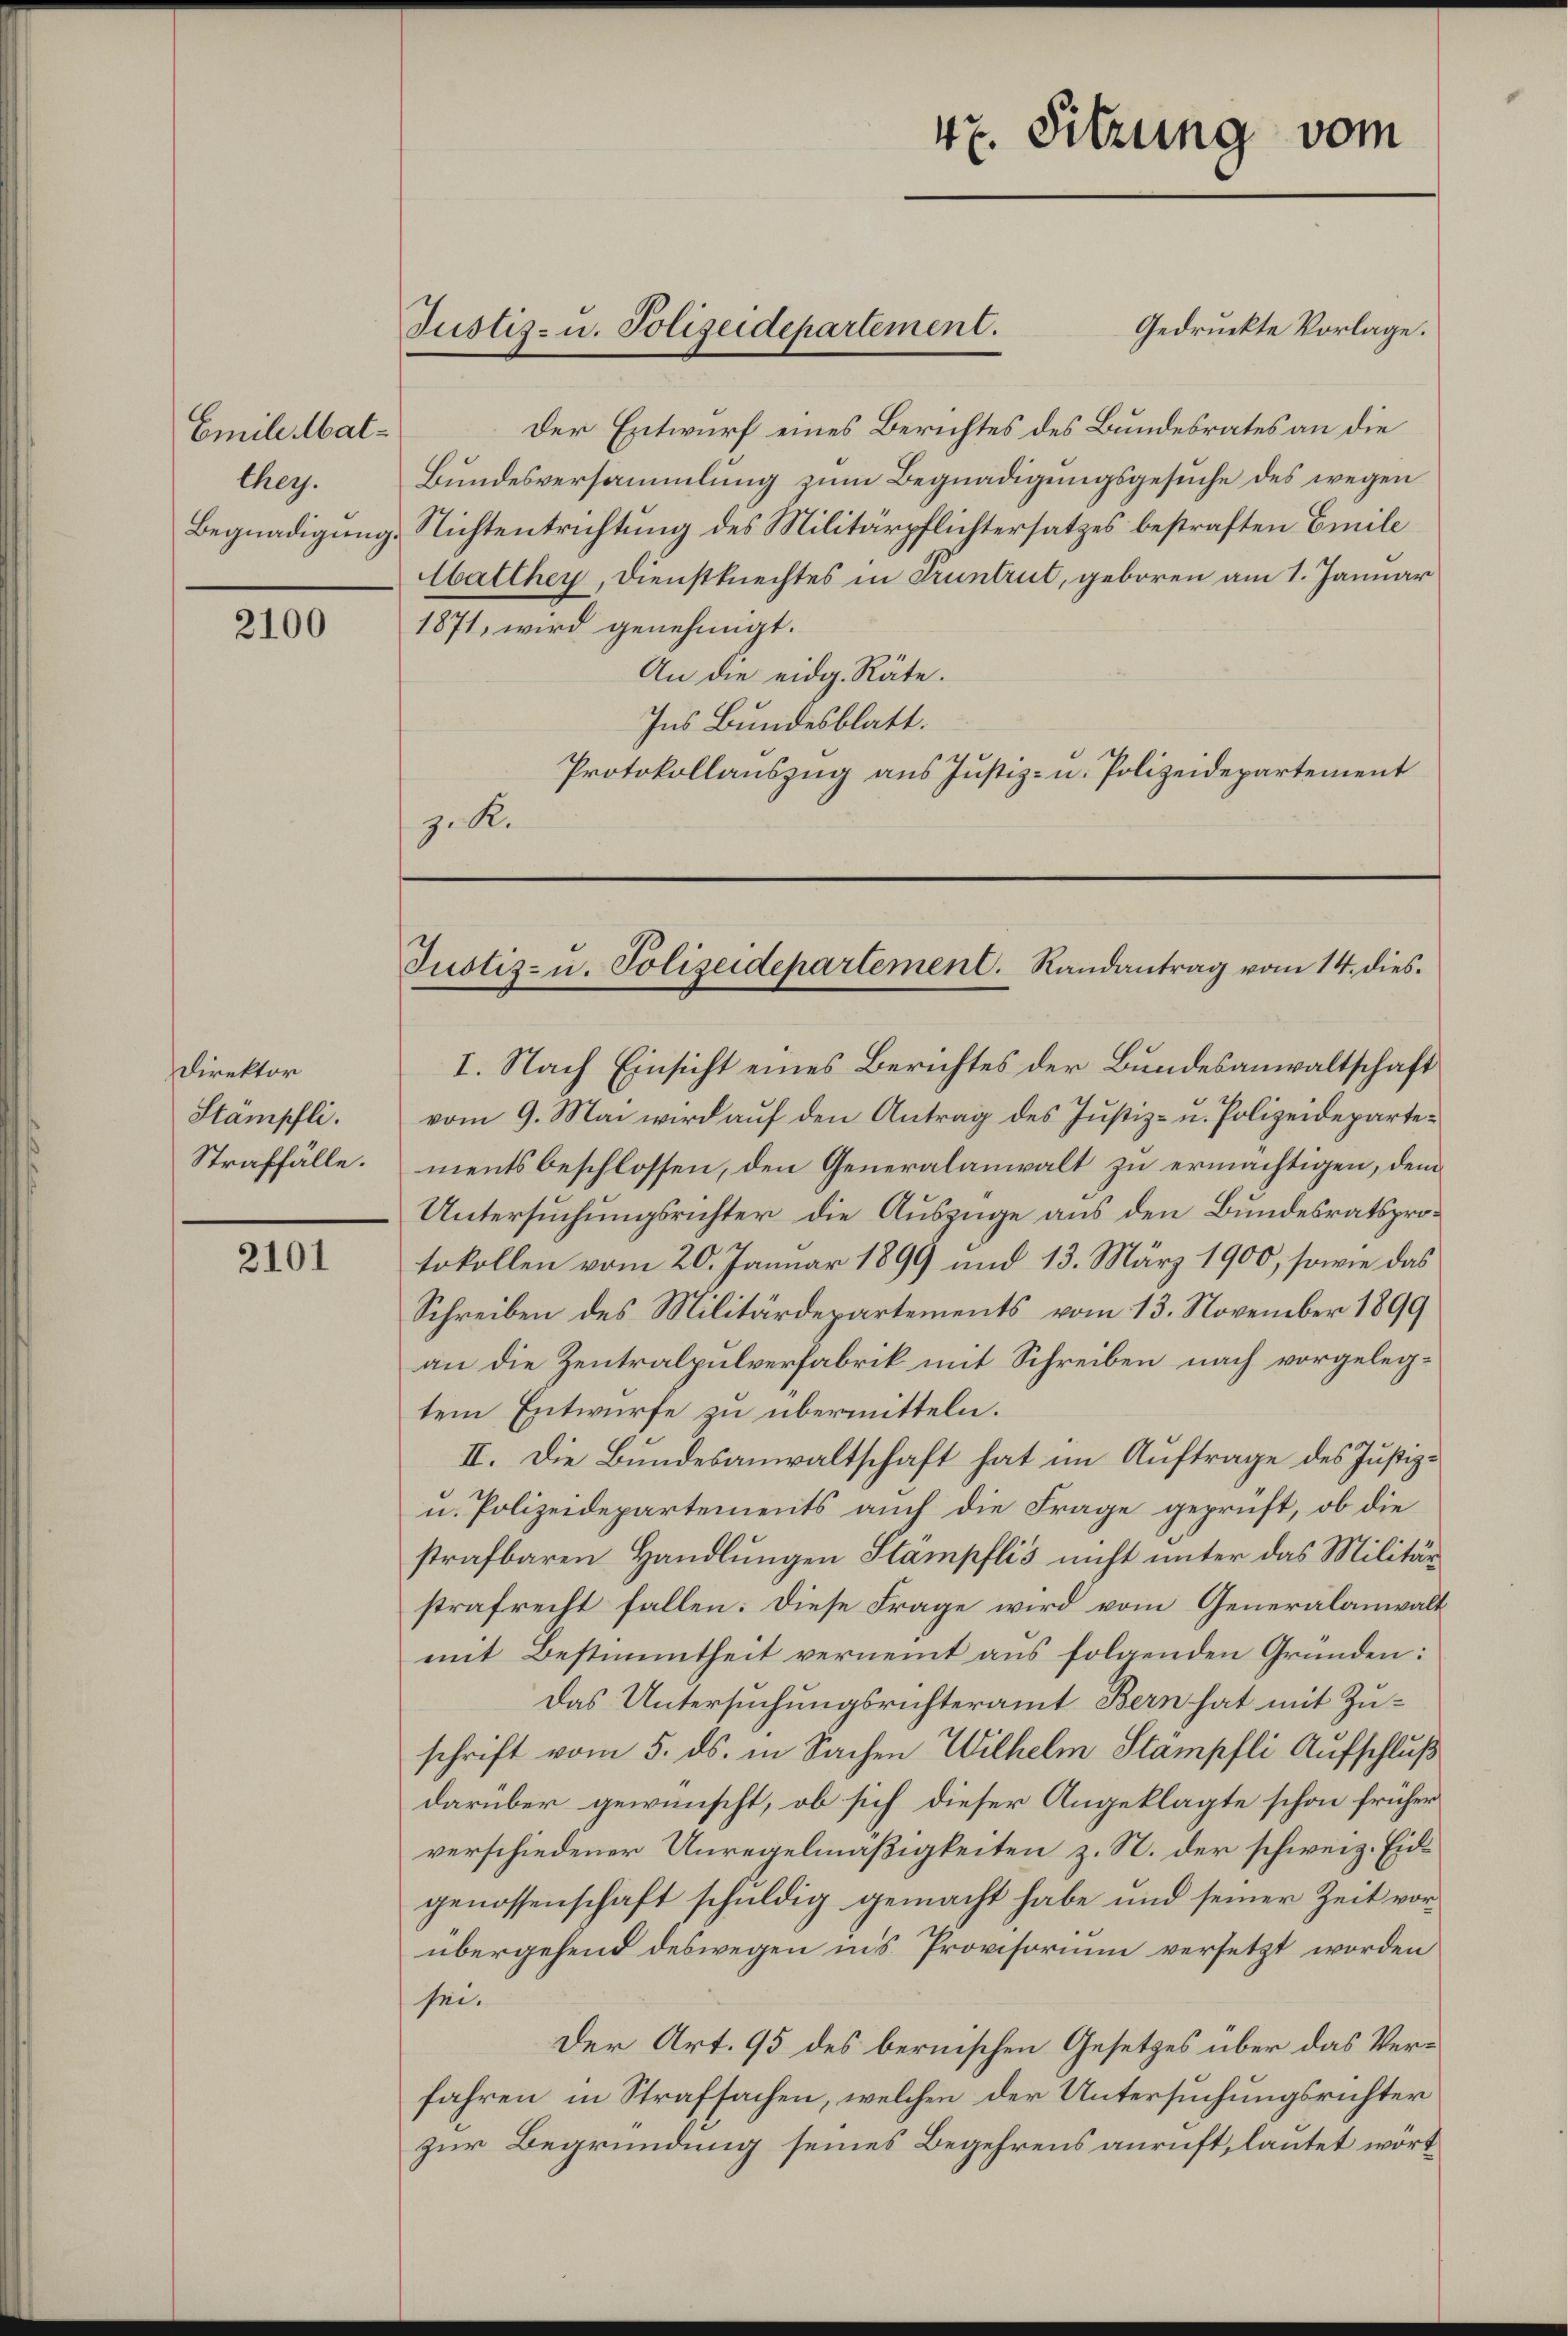
Emile Matther.
Begnadigung.

2100

Direktor
Stämpfli
Straffälle.

2101

Justiz- u. Polizeidepartement.

47. Sitzung vom

Gedruckte Vorlage.
Der Entwurf eines Berichtes des Bundesrates an die
Bundesversammlung zum Begnadigungsgesuche des wegen
Nichtentrichtung des Militärpflichtersatzes bestraften Emili
Matthey, Dienstknechtes in Truntrut, geboren am 1. Januar
1871, wird genehmigt.
An die eidg. Räte.
Ins Bundesblatt.
Protokollauszug aus Justiz- u. Polizeidepartement
z. R.

Justiz- u. Polizeidepartement. Randantrag vom 14. dies

I. Nach Einsicht eines Berichtes der Bundesanwaltschaft
vom 9. Mai wird auf den Antrag des Justiz- u. Polizeidepartementsbeschlossen, den Generalanwalt zu ermächtigen, dem
Untersuchungsrichter die Auszüge aus den Bundesratsprotokollen vom 20. Januar 1899 und 13. März 1900, sowie das
Schreiben des Militärdepartements vom 13. November 1899
an die Zentralpulverfabrik mit Schreiben nach vorgelegtem Entwurfe zu übermitteln.
II. Die Bundesanwaltschaft hat im Auftrage des Justiz-
u. Polizeidepartements auch die Frage geprüft, ob die
strafbaren Handlungen Stampflis nicht unter das Militär
strafrecht fallen: Diese Frage wird vom Generalanwalt
mit Bestimmtheit verneint aus folgenden Gründen:
Das Untersuchungsrichteramt Bern hat mit Zuschrift vom 5. ds. in Sachen Wilhelm Stämpfli Aufschluß
darüber gewünscht, ob sich dieser Angeklagte schon früher
verschiedener Unregelmäßigkeiten z. S. der schweiz. Eidgenossenschaft schuldig gemacht habe und seiner Zeit vorübergehend deswegen ins Provisorium versetzt worden
sei.
Der Art. 95 des bernischen Gesetzes über das Verfahren in Strafsachen, welchen der Untersuchungsrichter
zur Begründung seines Begehrens anruft, lautet wort